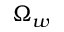
\Omega _ { w }